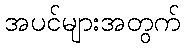
အပင်များအတွက်